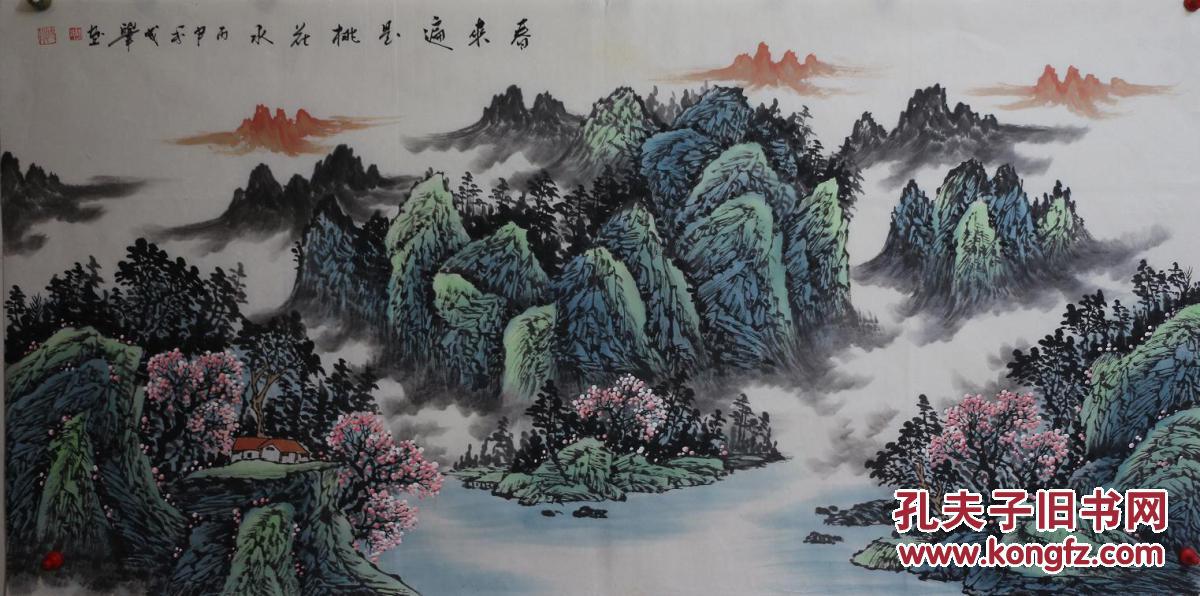
雨声飕飕催早寒，胡雁翅湿高飞难。